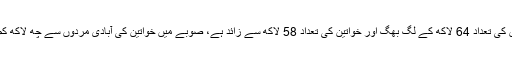
جس میں مردوں کی تعداد 64 لاکھ کے لگ بھگ اور خواتین کی تعداد 58 لاکھ سے زائد ہے، صوبے میں خواتین کی آبادی مردوں سے چھ لاکھ کم بتائی گئی ہے۔